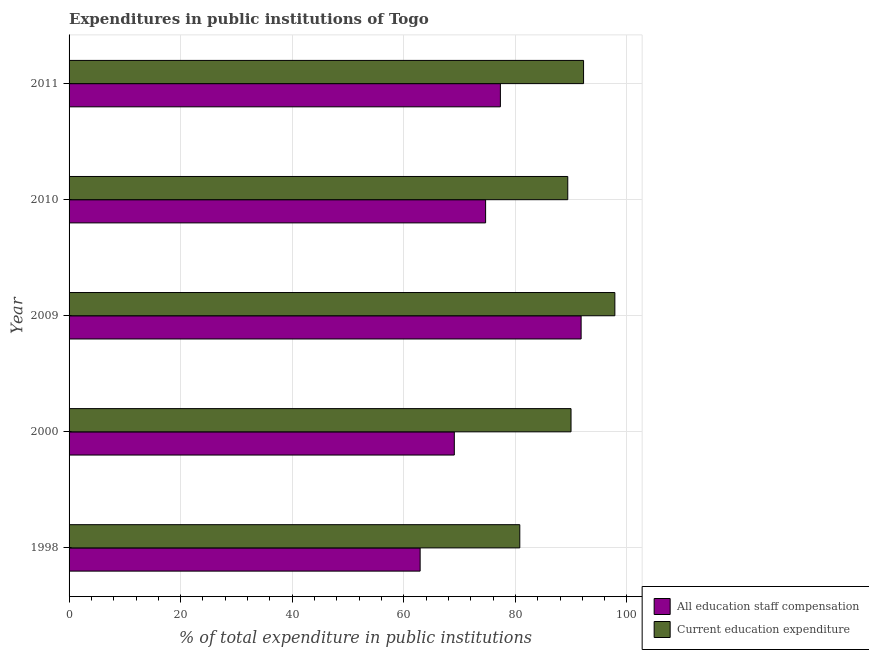
| Year | All education staff compensation | Current education expenditure |
 | --- | --- | --- |
 | 1998 | 62.9 | 80.8 |
 | 2000 | 69.1 | 90 |
 | 2009 | 91.8 | 97.8 |
 | 2010 | 74.7 | 89.4 |
 | 2011 | 77.3 | 92.2 |